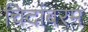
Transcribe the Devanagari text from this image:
चिदांबरम